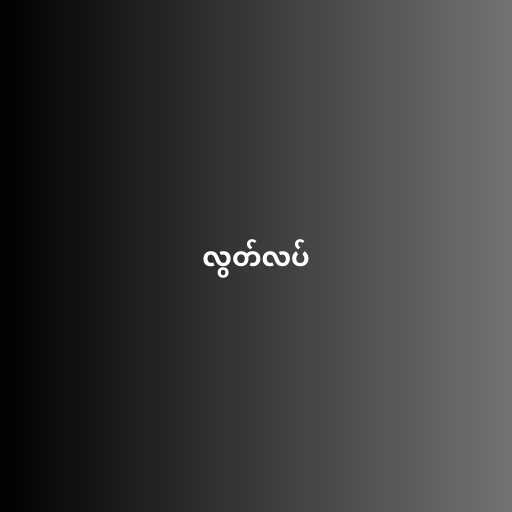
လွတ်လပ်